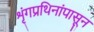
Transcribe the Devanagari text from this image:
शृंगप्रथिनांपासून